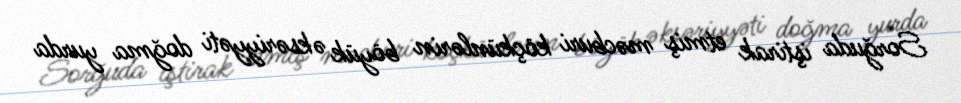
Sorğuda iştirak etmiş məcburi köçkünlərin böyük əksəriyyəti doğma yurda